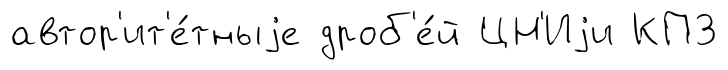
автор'ит'е́тныjе дроб'е́й ЦН'Иjи КПЗ